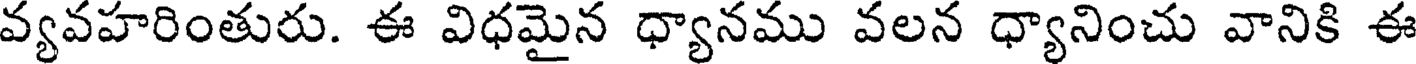
వ్యవహరింతురు. ఈ విధమైన ధ్యానము వలన ధ్యానించు వానికి ఈ